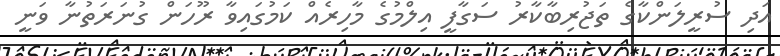
އަދި ސުރީލަންކާގެ ތަޖުރިބާކާރު ސަގާފީ އިލްމުގެ މާހިރެއް ކަމުގައިވާ ރޫހަން ގުނަރަތުނާ ވަނީ